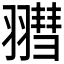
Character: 𦒄